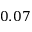
0 . 0 7